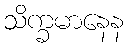
သိက္ခမာနေန